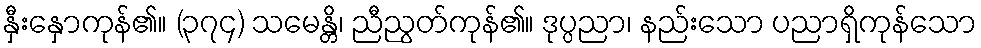
နှီးနှောကုန်၏။ (၃၇၄) သမေန္တိ၊ ညီညွတ်ကုန်၏။ ဒုပ္ပညာ၊ နည်းသော ပညာရှိကုန်သော